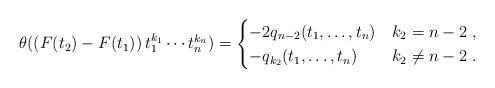
LaTeX: \begin{align*} \theta( (F(t_2) - F(t_1))\,t_1^{k_1}\cdots t_n^{k_n}) = \begin{cases}-2q_{n-2}(t_1, \dots, t_n) & k_2 = n-2 \ ,\\-q_{k_2}(t_1, \dots, t_n) & k_2 \neq n-2\ .\end{cases}\end{align*}